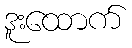
ဒူးထောက်